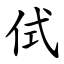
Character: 侙